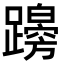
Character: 𨆭